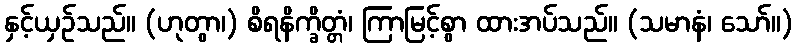
နှင့်ယှဉ်သည်။ (ဟုတွာ၊) စိရနိက္ခိတ္တံ၊ ကြာမြင့်စွာ ထားအပ်သည်။ (သမာနံ၊ သော်။)